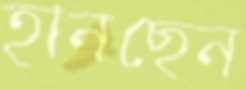
হানছেন